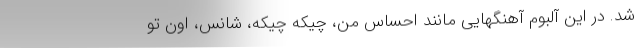
شد. در این آلبوم آهنگهایی مانند احساس من، چیکه چیکه، شانس، اون تو